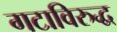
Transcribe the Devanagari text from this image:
गटाविरुद्ध